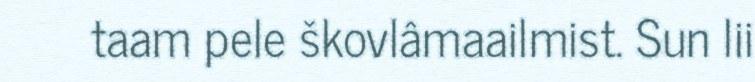
taam pele škovlâmaailmist. Sun lii